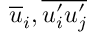
\overline { { u } } _ { i } , \overline { { u _ { i } ^ { \prime } u _ { j } ^ { \prime } } }